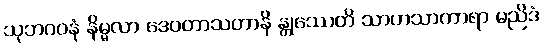
သုဘဂဝနံ နိမ္မလာ ဒေဝတာသတာနိ န္တုဿေတိ သာဟသာကာရာ မညိဒံ